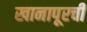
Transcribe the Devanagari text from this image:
खानापूरची